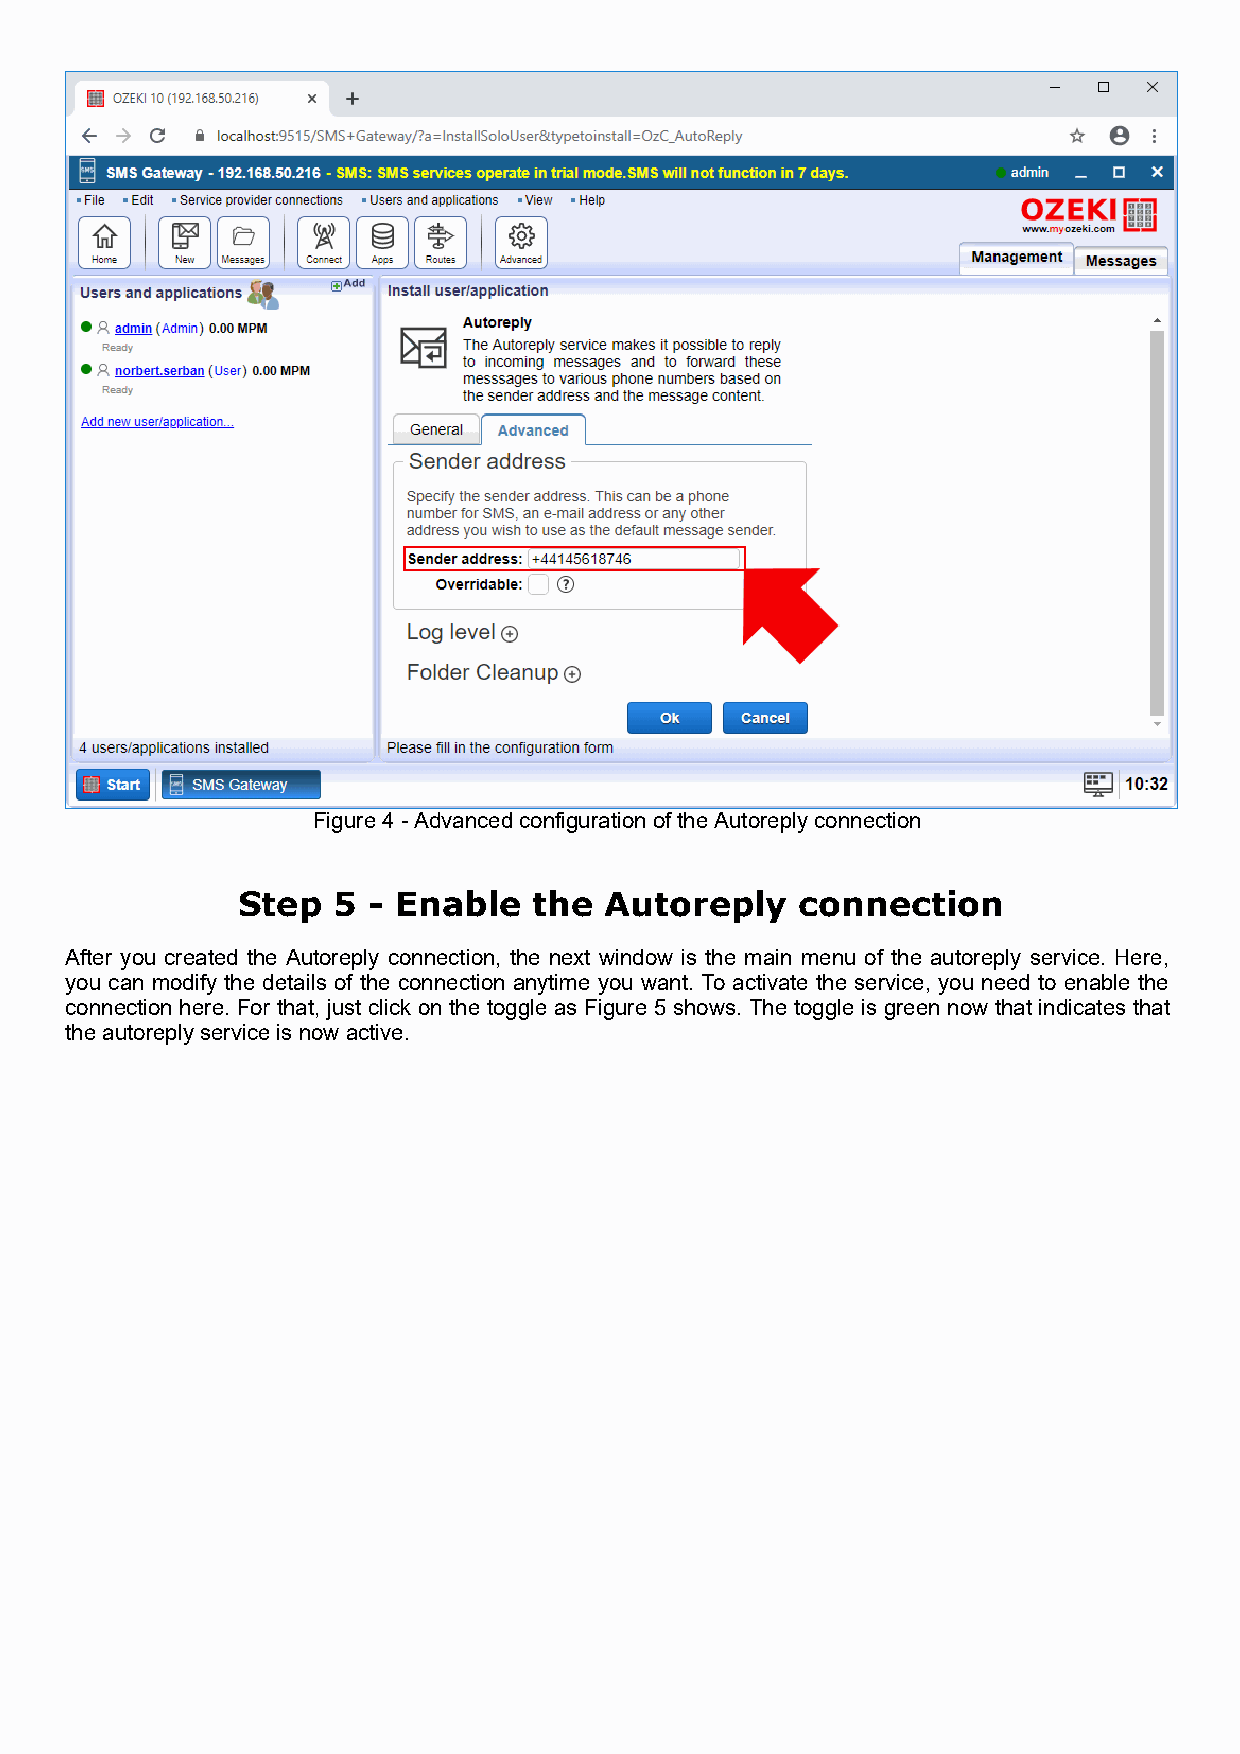
Figure 4 - Advanced configuration of the Autoreply connection
 Step  5 - Enable   the  Autoreply    connection
 After you created the Autoreply connection, the next window is the main menu of the autoreply service. Here,
 you can modify the details of the connection anytime you want. To activate the service, you need to enable the
 connection here. For that, just click on the toggle as Figure 5 shows. The toggle is green now that indicates that
 the autoreply service is now active.